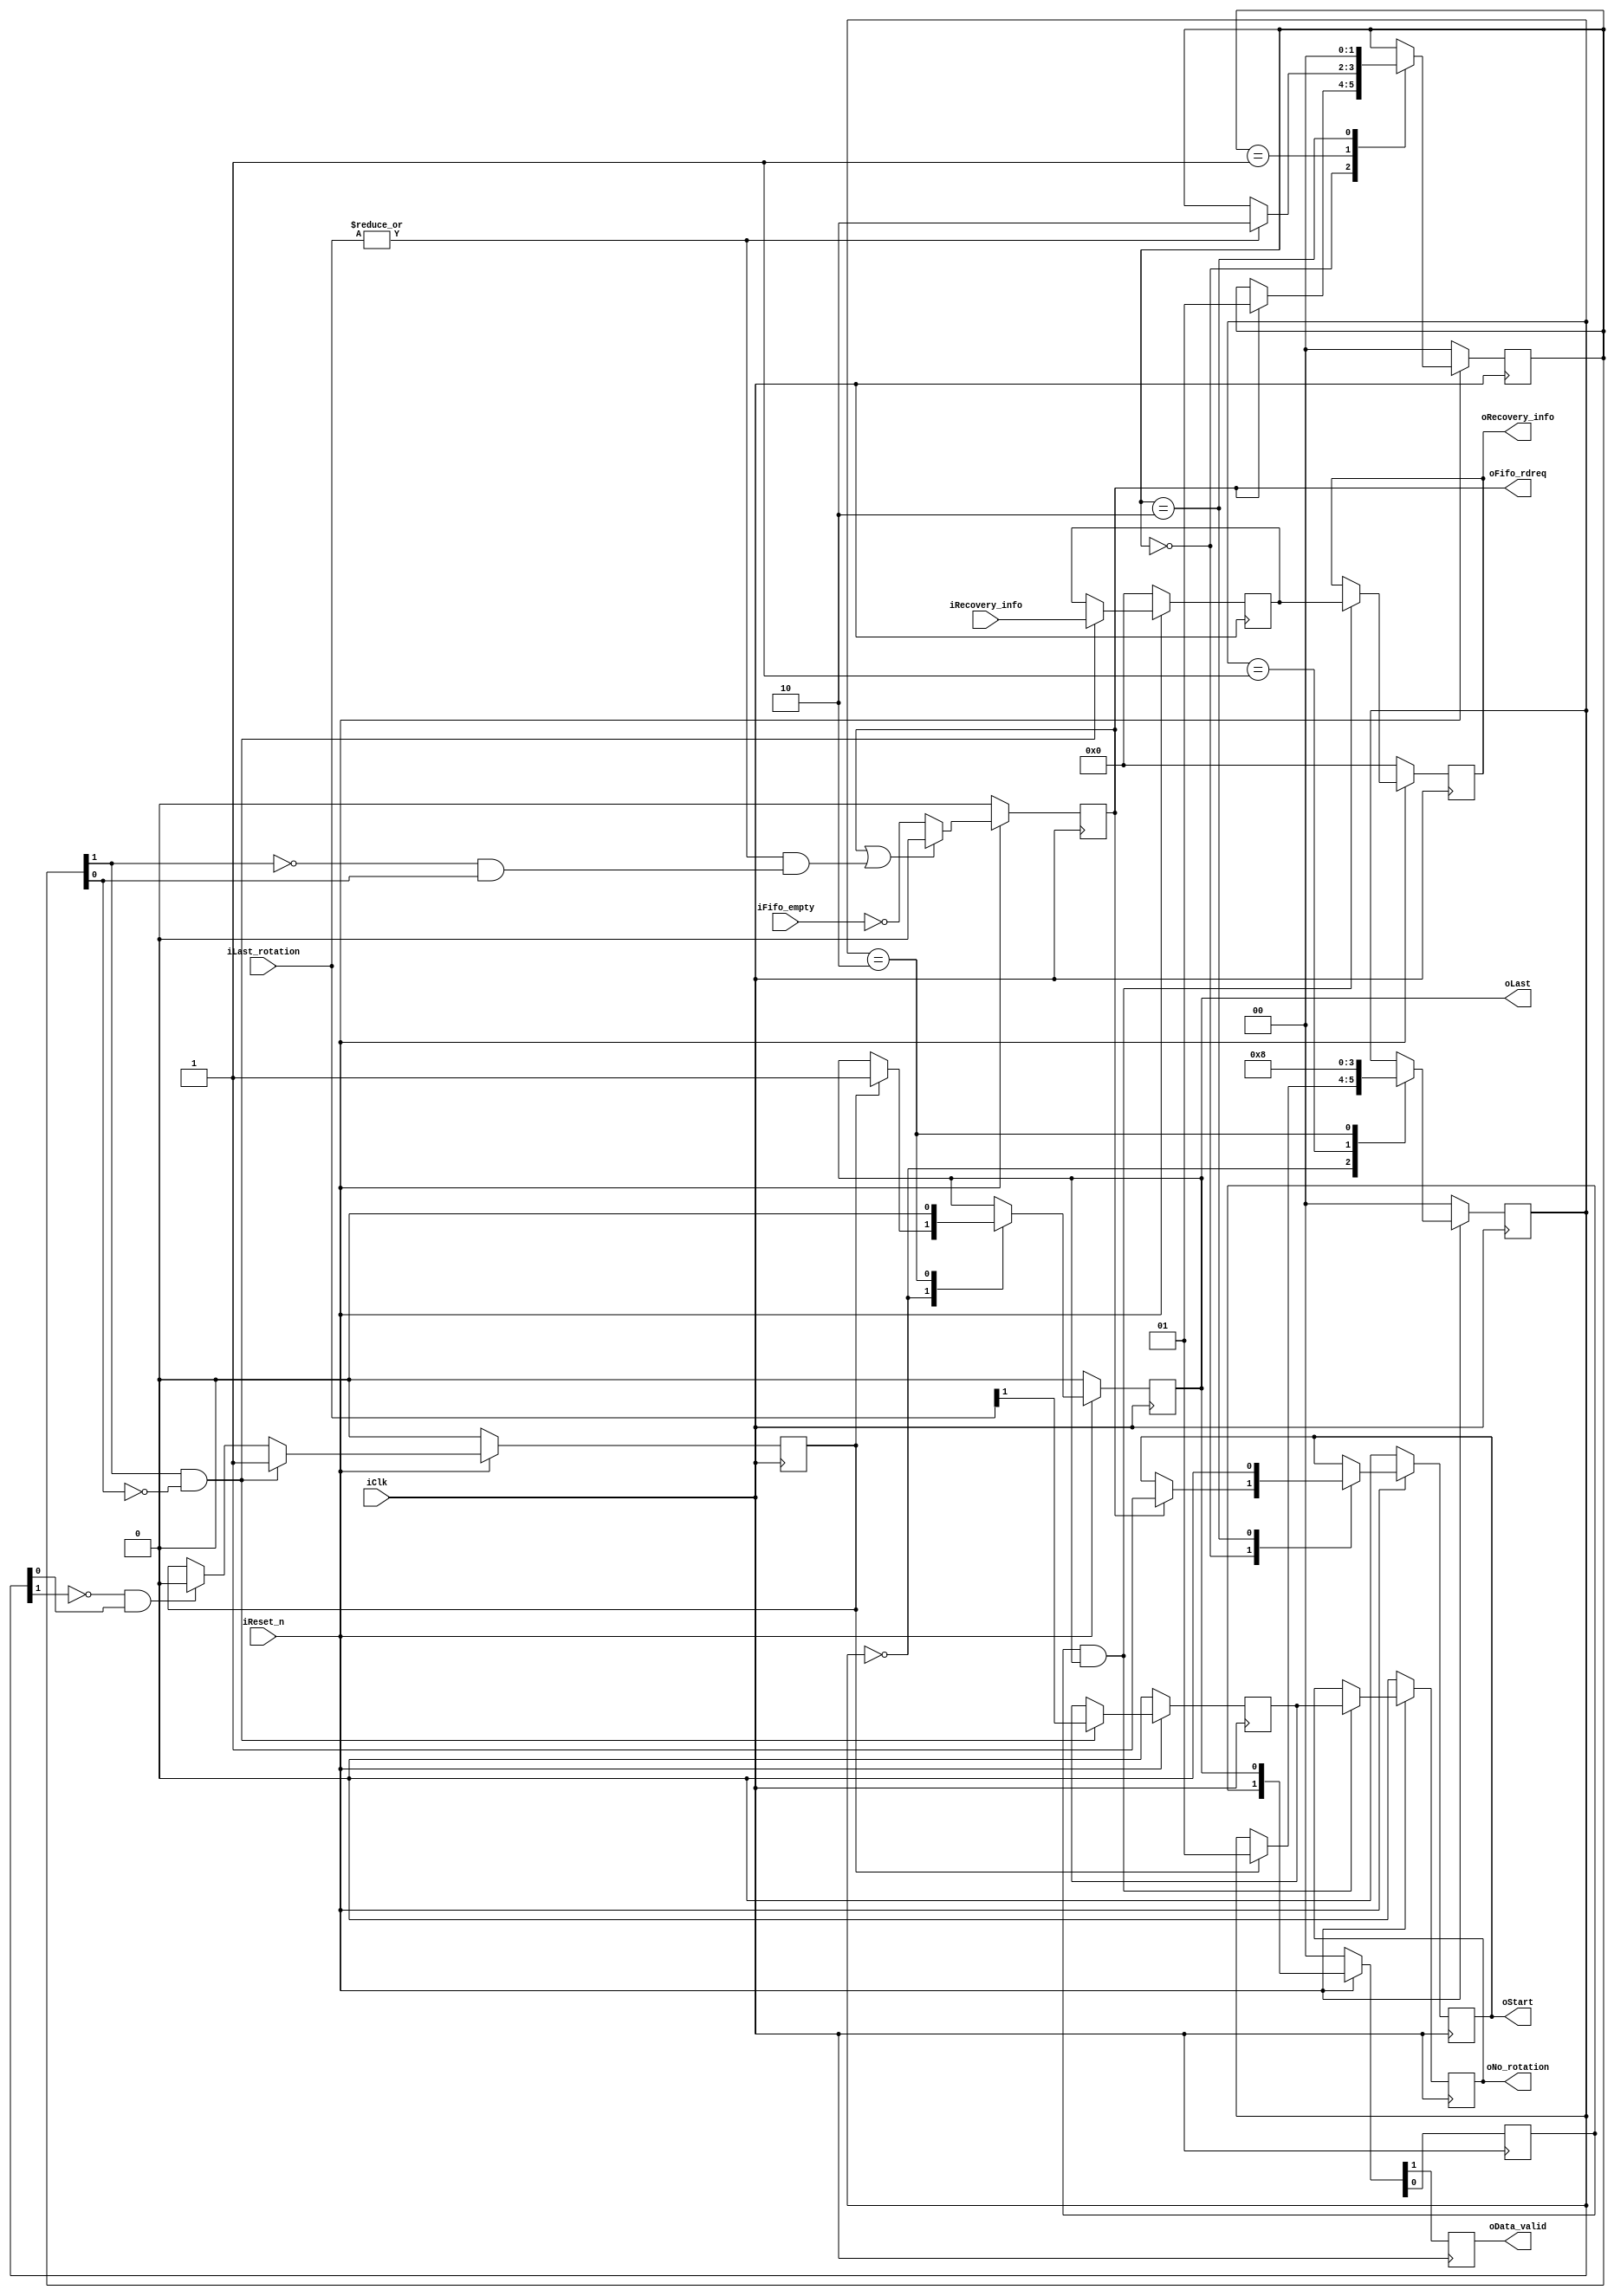
module cordic_floatingpoint_control_logic(
			input				iClk,
			input				iReset_n,
			//
			input		[3:0]	iRecovery_info,
			input		[1:0]	iLast_rotation,
			input				iFifo_empty,
			output reg			oFifo_rdreq,
			//
			output reg	[3:0]	oRecovery_info,		
			output reg			oNo_rotation,
			output reg			oStart,
			output reg			oLast,
			output reg			oData_valid	
);

// ===================================================================================
// Wire/reg
// ===================================================================================
reg				last_remainder;
reg				s1_last;
reg				no_rotation;
reg		[3:0]	recovery_info;

reg		[1:0]	start_case;
reg		[1:0]	last_case;

wire			start_case_eq_2;
wire			start_case_eq_1;
wire			last_case_eq_1;
wire			last_rotation_neq_0;

// ===================================================================================
// Combinational Circuits
// ===================================================================================
assign start_case_eq_2 = (start_case[1] &  ~start_case[0]);
assign start_case_eq_1 = (~start_case[1] &  start_case[0]);
assign last_case_eq_1 = (~last_case[1] &  last_case[0]);
assign last_rotation_neq_0 = |iLast_rotation;

// ===================================================================================
// Sequential Circuits
// ===================================================================================
/////// Process FIFO read request ///////
always @ (posedge iClk)
begin
	if (~iReset_n)	oFifo_rdreq <= 1'b0;
	else 			oFifo_rdreq <= (oFifo_rdreq | last_rotation_neq_0 & start_case_eq_1) ? 1'b0 : ~iFifo_empty;
end

/////// To check whether all 'start' are done ///////
always @ (posedge iClk)
begin
	if (~iReset_n)
		last_remainder <= 1'b0;
	else if (start_case_eq_2)
		last_remainder <= 1'b1;
	else if (last_case_eq_1)
		last_remainder <= 1'b0;
end

/////// Because 'start' and 'last' has delay, no_rotation should be stored until oData_valid ///////
always @ (posedge iClk)
begin
	if (~iReset_n)					no_rotation <= 1'b0;
	else if (start_case_eq_2)	no_rotation <= iLast_rotation[1];
end

always @ (posedge iClk)
begin
	if (~iReset_n)					oNo_rotation <= 1'b0;
	else if (s1_last & oLast)		oNo_rotation <= no_rotation;
end

/////// Because 'start' and 'last' has delay, recovery_info should be stored until oData_valid ///////
always @ (posedge iClk)
begin
	if (~iReset_n)					recovery_info <= 1'b0;
	else if (start_case_eq_2)	recovery_info <= iRecovery_info;
end

always @ (posedge iClk)
begin
	if (~iReset_n)					oRecovery_info <= 1'b0;
	else if (s1_last & oLast)		oRecovery_info <= recovery_info;
end

/////// FSM to control 'start' ///////
always @ (posedge iClk)
begin
	if (~iReset_n)	
	begin
		oStart 		<= 1'b0;
		start_case	<= 2'h0;
	end
	else
	begin
		case (start_case)
			2'h0: if (oFifo_rdreq)
			begin
				oStart 		<= 1'b1;
				start_case 	<= 2'h1;
			end
			//
			2'h1: if (last_rotation_neq_0)
				start_case <= 2'h2;
			//
			2'h2: begin
				oStart 		<= 1'b0;
				start_case 	<= 2'h0;
			end
			//
			default:;
		endcase
	end
end

/////// FSM to control 'last' ///////
always @ (posedge iClk)
begin
	if (~iReset_n)	
	begin
		oLast 		<= 1'b0;
		last_case	<= 2'h0;
	end
	else
	begin
		case (last_case)
			2'h0: if (last_remainder)
			begin
				oLast		<= 1'b1;
				last_case 	<= 2'h1;
			end
			//
			2'h1: last_case 	<= 2'h2;
			//			
			2'h2: begin
				oLast 		<= 1'b0;
				last_case  	<= 2'h0;
			end
			//
			default:;
		endcase
	end
end

/////// Control oData_valid ///////
always @ (posedge iClk)
begin
	if (~iReset_n)		{oData_valid, s1_last} <= 2'h0;
	else 				{oData_valid, s1_last} <= {s1_last, oLast};
end

endmodule